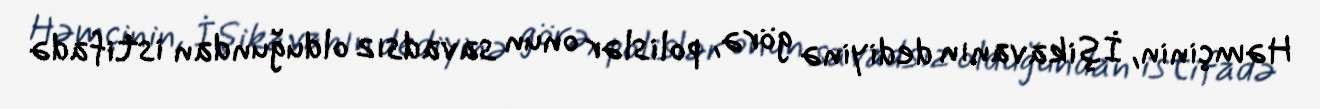
Həmçinin, İşikavanın dediyinə görə, polislər onun savadsız olduğundan istifadə